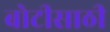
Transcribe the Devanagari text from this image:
बोटीसाठी